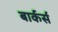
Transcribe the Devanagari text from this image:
बार्कर्स